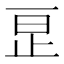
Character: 𬅺